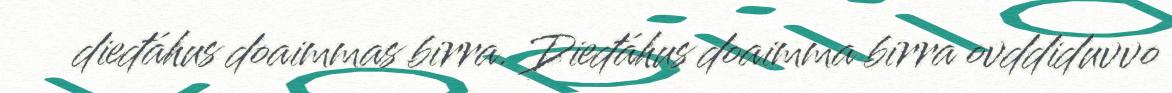
dieđáhus doaimmas birra. Dieđáhus doaimma birra ovddiduvvo